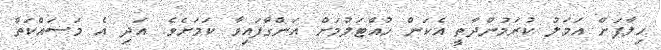
ހިލާފަށް އަމަލު ކުރަމުންދާތީ އެކަން ހުއްޓަލުމަށް އަންގާފައިވާ ކަމަށެވެ. އަދި އެ މަސައްކަތް